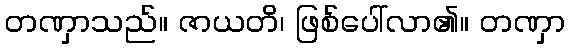
တဏှာသည်။ ဇာယတိ၊ ဖြစ်ပေါ်လာ၏။ တဏှာ